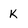
Character: k